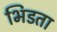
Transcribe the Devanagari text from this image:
भिडता